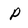
Character: P